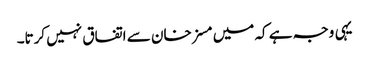
یہی وجہ ہے کہ میں مسز خان سے اتفاق نہیں کرتا۔